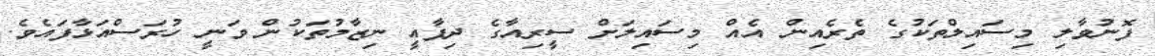
ފޮނުވާލި މިސައިލްތަކުގެ ތެރެއިން އެއް މިސައިލަށް ސީރިއާގެ ދިފާއީ ނިޒާމުތަކުން ވަނީ ހުރަސްއަޅާފައެވެ.